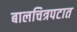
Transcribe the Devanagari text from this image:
बालचित्रपटात